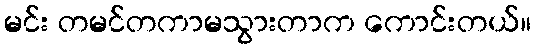
မင်း တမင်တကာမသွားတာက ကောင်းတယ်။